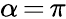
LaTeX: \alpha\, {=}\, \pi